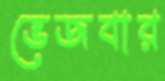
ভেজবার